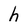
Character: h